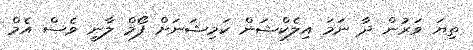
ތިޔަ ވަރުން ދާ ނަމަ އިލެކްޝަން ކަމިޝަނަށް ފޯމް ލާނީ ވެސް އެމް